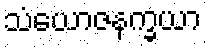
သံယောဇနက္ခယာ